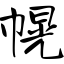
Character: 幌